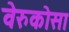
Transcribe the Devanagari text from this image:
वेरुकोसा